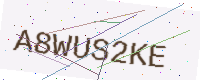
Text: A8WUS2KE